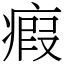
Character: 瘕